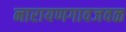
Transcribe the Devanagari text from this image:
नारायणगावजवळ